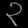
Digit: ၃